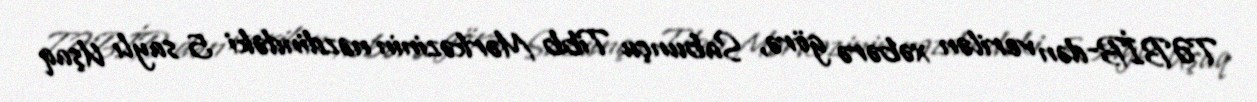
TƏBİB-dən verilən xəbərə görə, Sabunçu Tibb Mərkəzinin nəzdindəki 5 saylı Uşaq